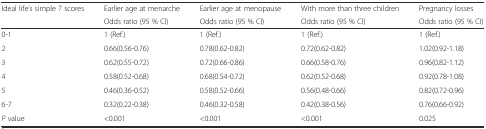
| <ROWSPAN=2> Ideal life’s simple 7 scores | Earlier age at menarche | Earlier age at menopause | With more than three children | Pregnancy losses |
 | Odds ratio (95 % CI) | Odds ratio (95 % CI) | Odds ratio (95 % CI) | Odds ratio (95 % CI) |
 | --- | --- | --- | --- | --- |
 | 0-1 | 1 (Ref.) | 1 (Ref.) | 1 (Ref.) | 1 (Ref.) |
 | 2 | 0.66(0.56-0.76) | 0.78(0.62-0.82) | 0.72(0.62-0.82) | 1.02(0.92-1.18) |
 | 3 | 0.62(0.55-0.72) | 0.72(0.66-0.86) | 0.66(0.58-0.76) | 0.96(0.82-1.12) |
 | 4 | 0.58(0.52-0.68) | 0.68(0.54-0.72) | 0.62(0.52-0.68) | 0.92(0.78-1.08) |
 | 5 | 0.46(0.36-0.52) | 0.58(0.52-0.66) | 0.56(0.48-0.66) | 0.82(0.72-0.96) |
 | 6-7 | 0.32(0.22-0.38) | 0.46(0.32-0.58) | 0.42(0.38-0.56) | 0.76(0.66-0.92) |
 | P value | <0.001 | <0.001 | <0.001 | 0.025 |